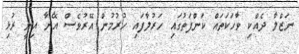
ނަޒްލާ ދެއްކި ވާހަކަތައް ކަންފަތުގައި ހަރުލާފައި ހުރުމުން އޭރުވެސް އޭނާ އިނީ ރުޅި